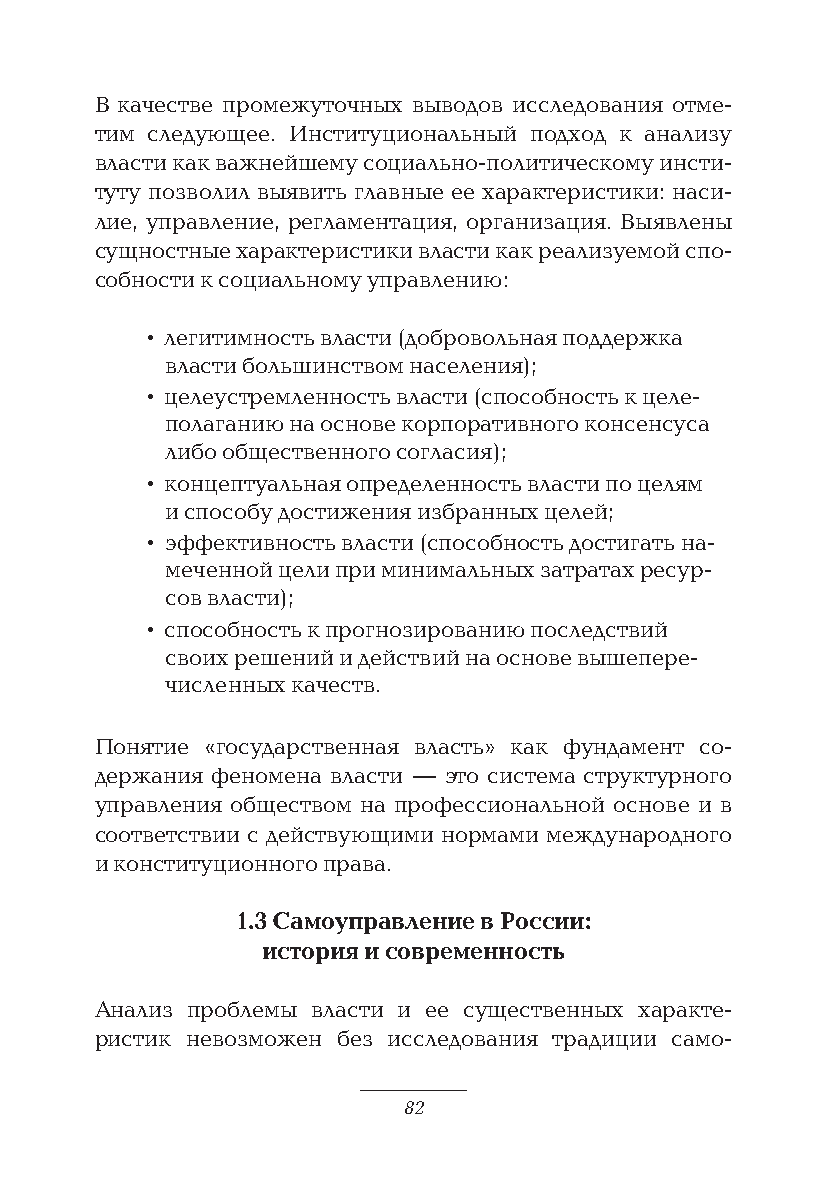
В качестве промежуточных выводов исследования отме-
 тим следующее. Институциональный подход к анализу
 власти как важнейшему социально-политическому инсти-
 туту позволил выявить главные ее характеристики: наси-
 лие, управление, регламентация, организация. Выявлены
 сущностные характеристики власти как реализуемой спо-
 собности к социальному управлению:
 • легитимность власти (добровольная поддержка
 власти большинством населения);
 • целеустремленность власти (способность к целе-
 полаганию на основе корпоративного консенсуса
 либо общественного согласия);
 • концептуальная определенность власти по целям
 и способу достижения избранных целей;
 • эффективность власти (способность достигать на-
 меченной цели при минимальных затратах ресур-
 сов власти);
 • способность к прогнозированию последствий
 своих решений и действий на основе вышепере-
 численных качеств.
 Понятие «государственная власть» как фундамент со-
 держания феномена власти — это система структурного
 управления обществом на профессиональной основе и в
 соответствии с действующими нормами международного
 и конституционного права.
 1.3 Самоуправление в России:
 история и современность
 Анализ проблемы власти и ее существенных характе-
 ристик невозможен без исследования традиции само-
 82